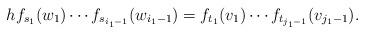
LaTeX: \begin{align*} h f_{s_1}(w_1)\cdots f_{s_{i_1-1}}(w_{i_1-1}) = f_{t_1}(v_1)\cdots f_{t_{j_1-1}}(v_{j_1-1}). \end{align*}